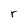
Character: r